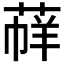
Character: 𦳟